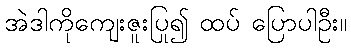
အဲဒါကိုကျေးဇူးပြု၍ ထပ် ပြောပါဦး။